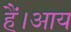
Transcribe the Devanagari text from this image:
हैं।आय